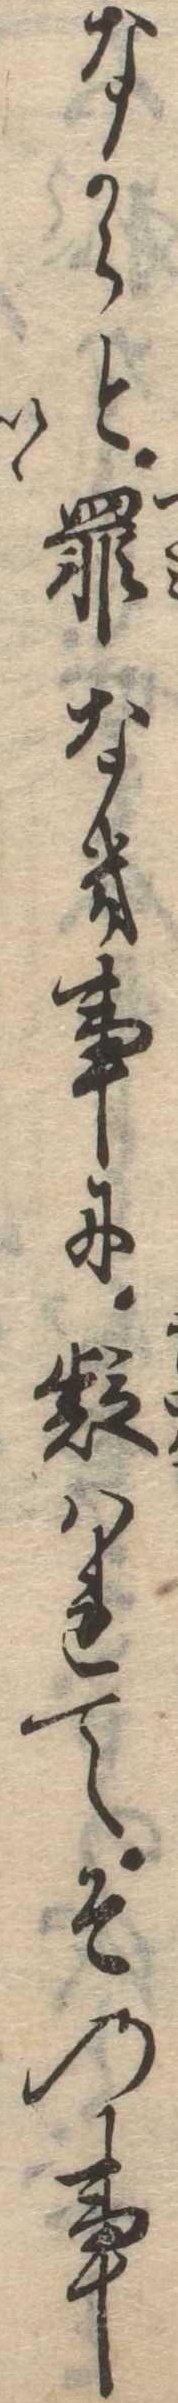
なからと罪なき事に疑はれてその事